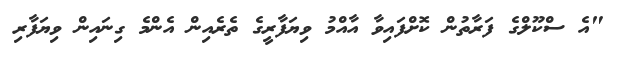
"އެ ސްކޫލްގެ ފަރާތުން ކޮށްފައިވާ އާއްމު ވިޔަފާރީގެ ތެރެއިން އެންމެ ގިނައިން ވިޔަފާރި